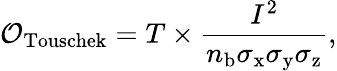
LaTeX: \mathcal{O}_{\mathrm{Touschek}}=T\times\frac{I^{2}}{n_{\mathrm{b}}\sigma_{\mathrm{x}}\sigma_{\mathrm{y}}\sigma_{\mathrm{z}}},